Bréfritari: Sigríður Pálsdóttir
Viðtakandi: Páll Pálsson
Dagsetning: A-1865-10-18
Skrifað á: Breiðabólsstað  Rang.
Páll var bróðir Sigríðar

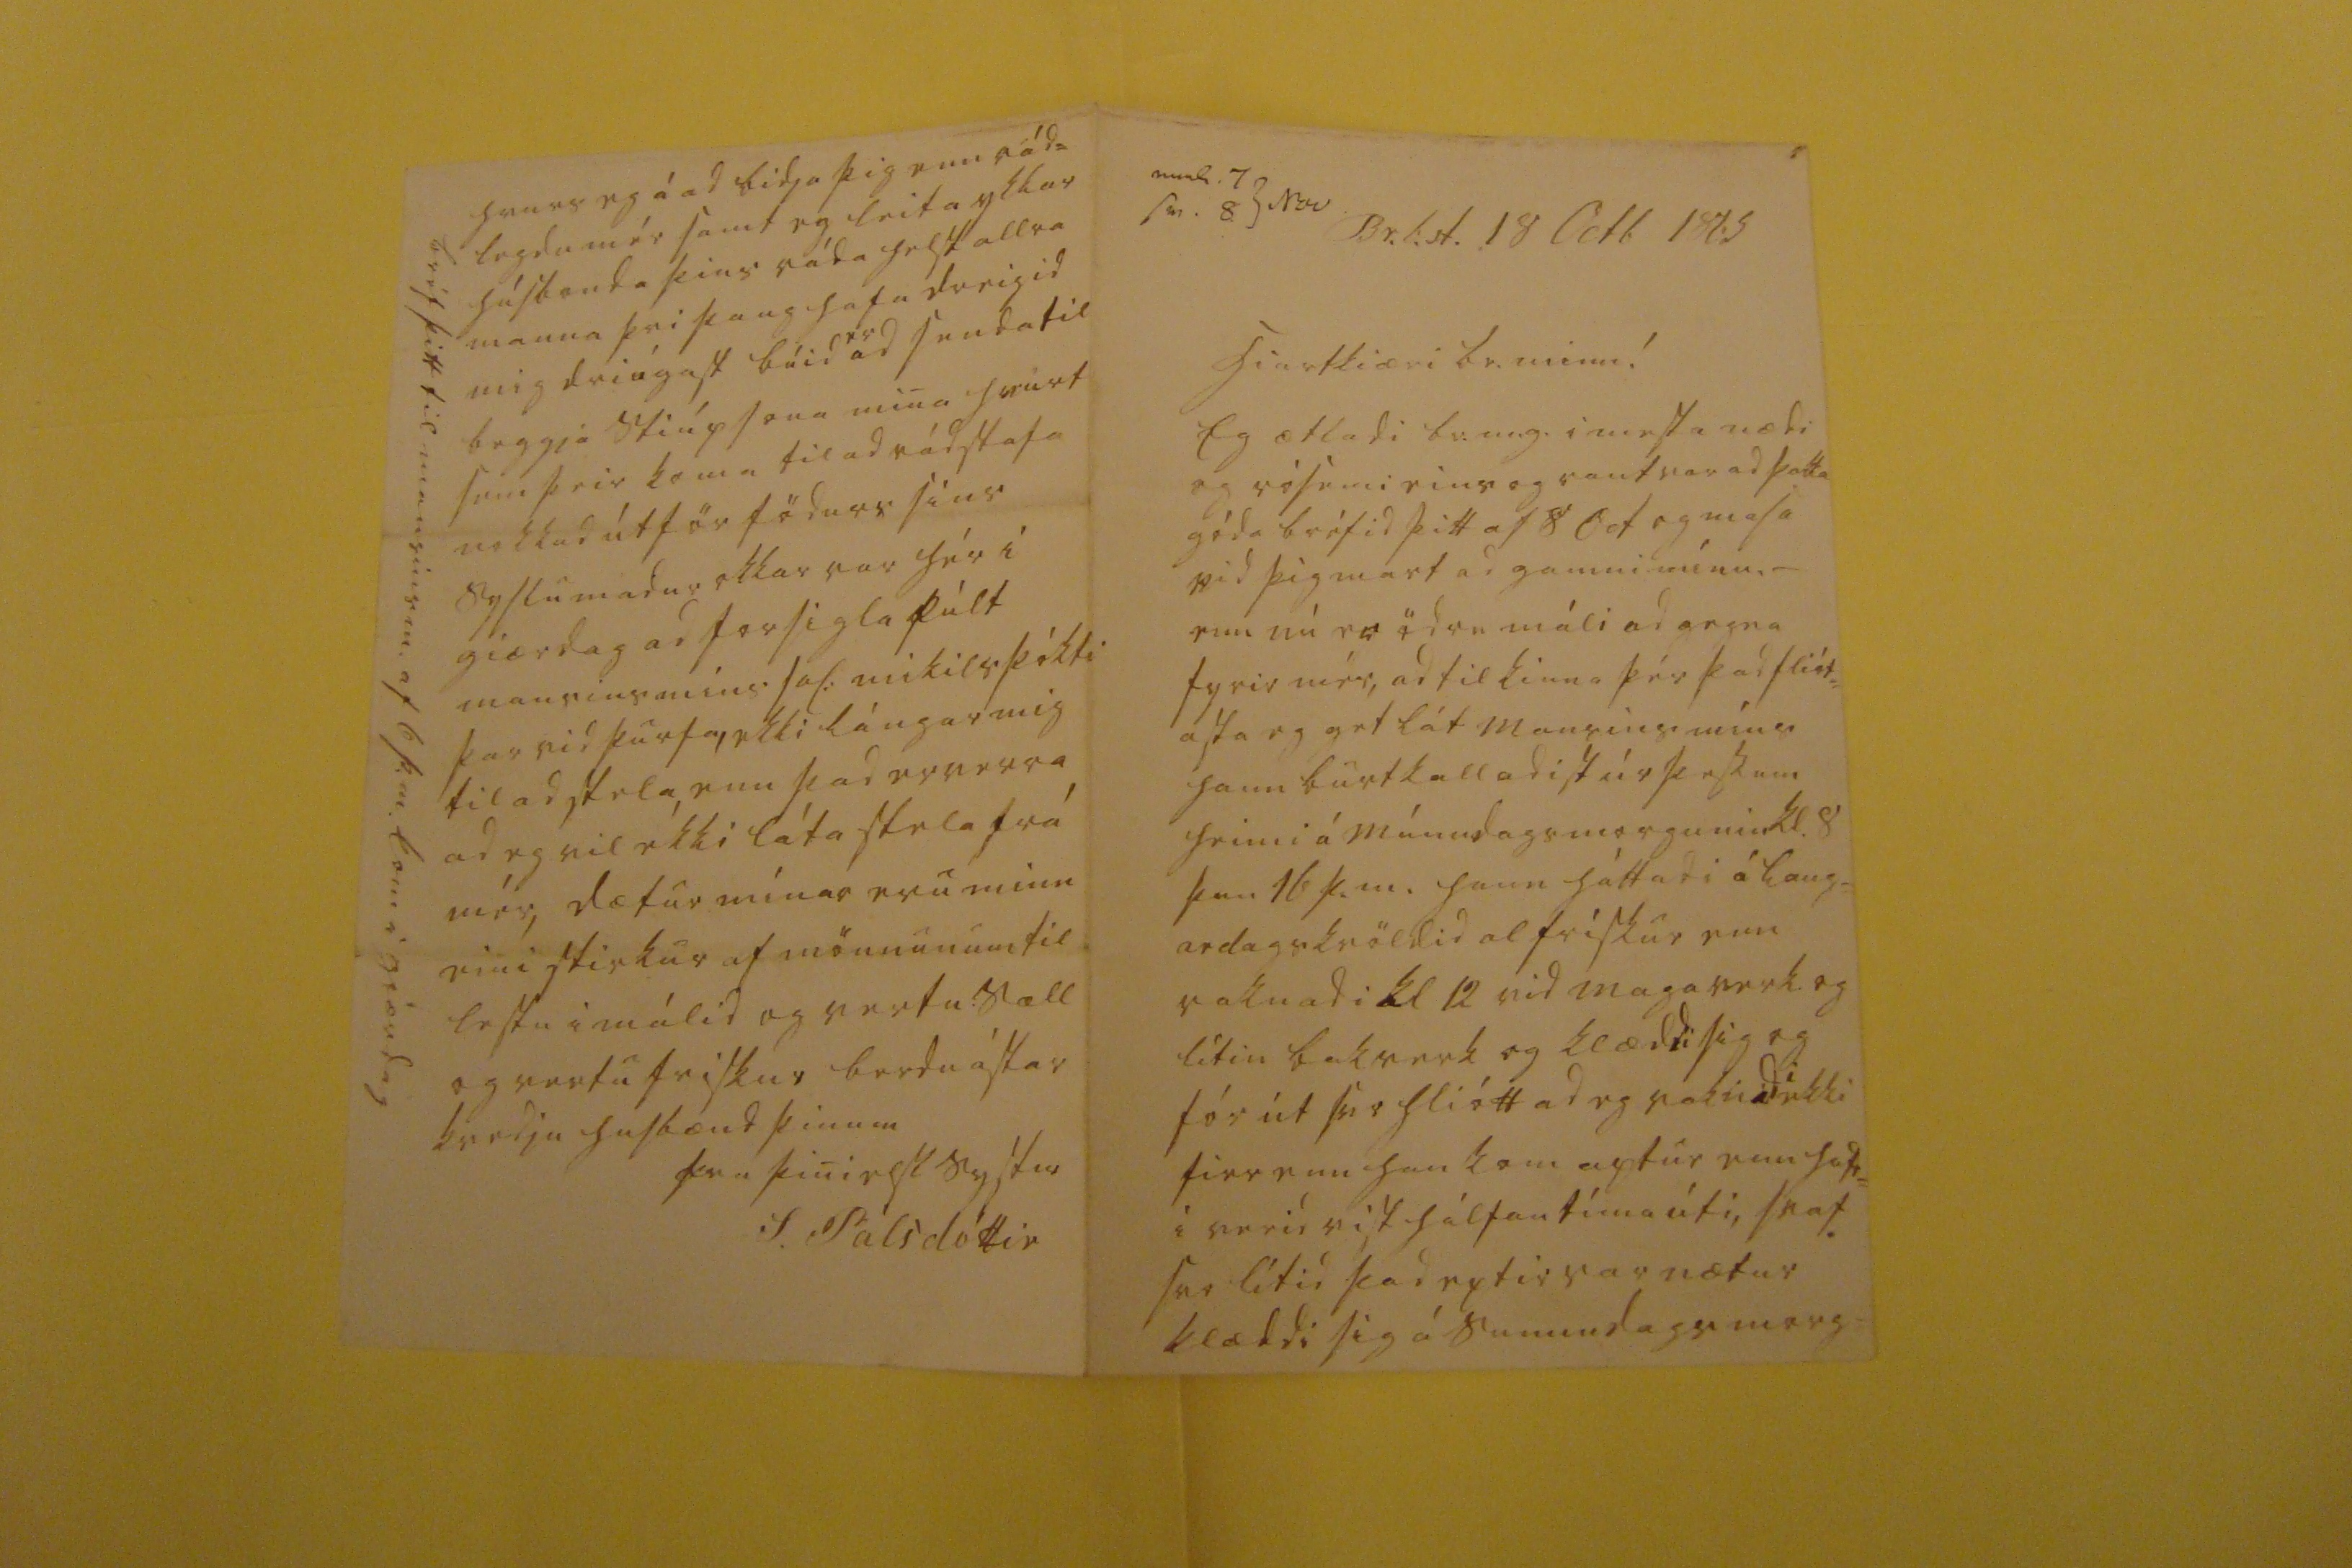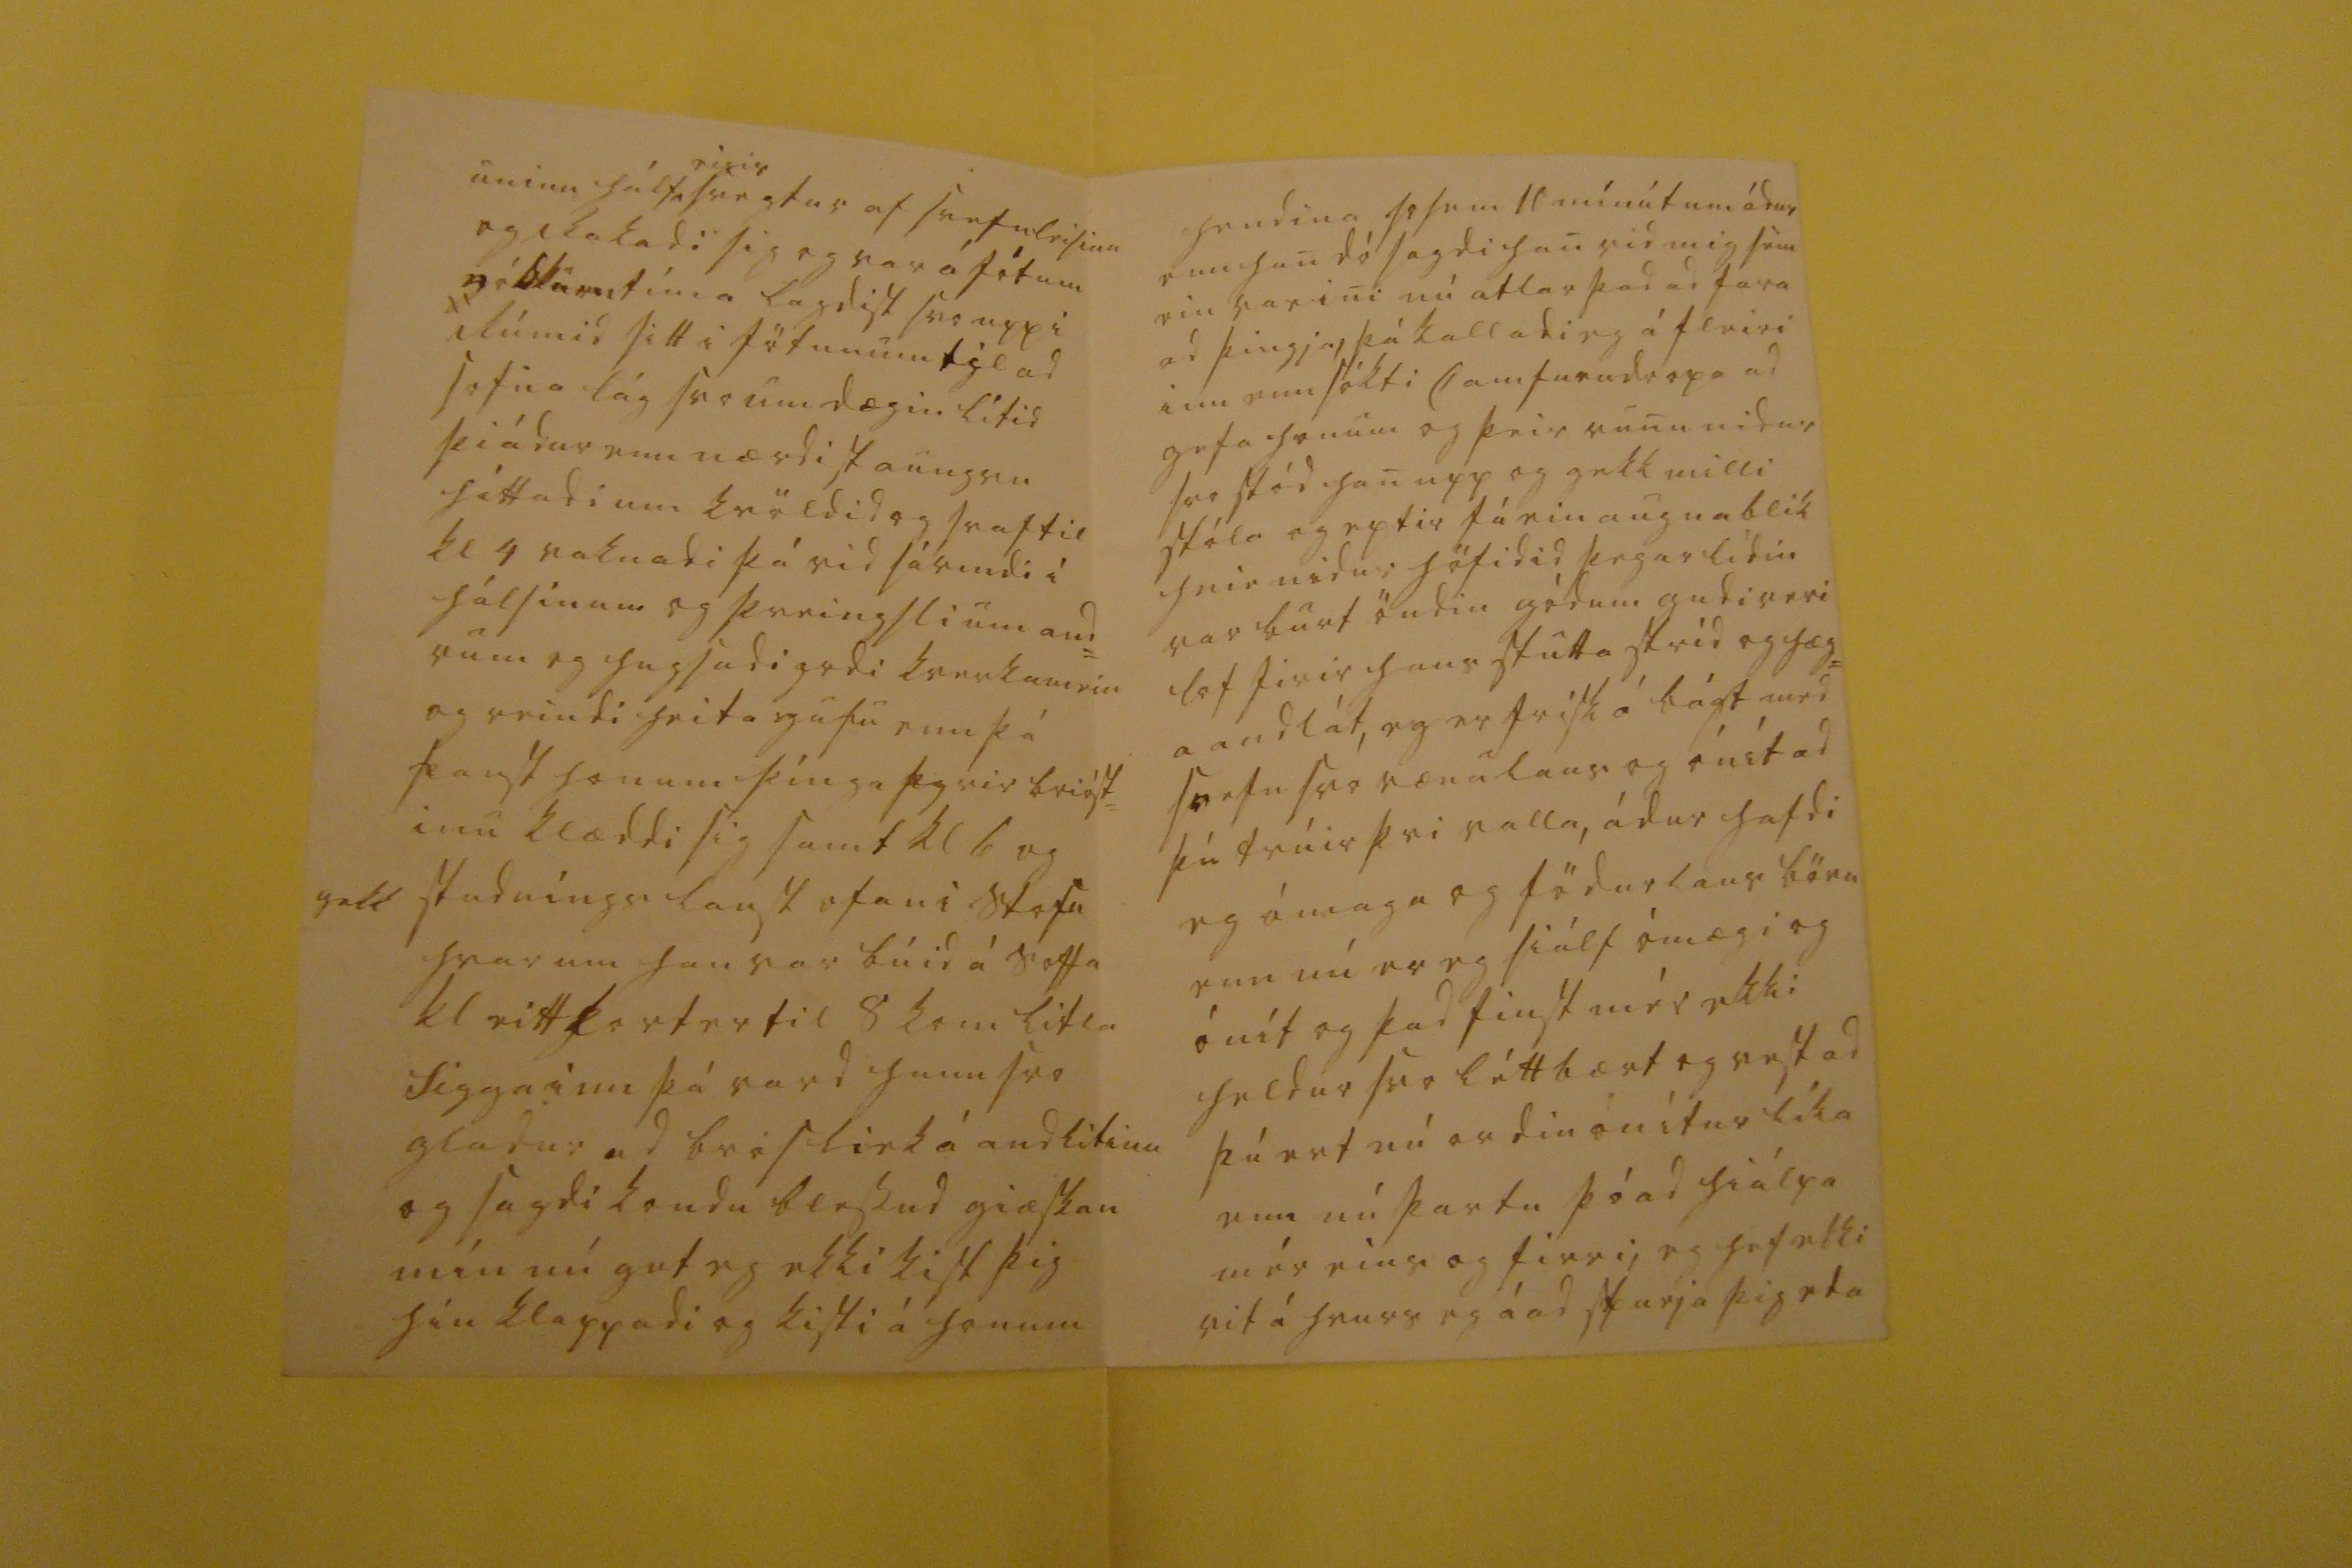

0000. 7 Nov sv. 8
Br.b.st. 18 Octb 1865
hiartkiæri br. minn!
Eg ætladi br.m.g. i mesta nædi og rósemi eins og vant var ad þakka góda bréfid þitt af 8 Oct og masa vid þig mart ad gamni mínu. _ enn nú er ödru máli ad gegna fyrir mér, ad tilkinna þér þad fliót= asta ad eg get lát Mansins míns hann burtkalladist úr þessum heimi á mánudagsmorgunin kl.8 þan 16 þ.m. hann háttadi á Laug= ardagskvöldid alfrískur enn vaknadi kl 12 vid magaverk og lítin bakverk og klæddi sig og fór út svo hliótt ad eg vaknadi ekki firr enn han kom aptur enn hafd= i verid vist hálfan tíma úti, svaf svo lítid þad eptir var nætur klæddi sig á sunnudagsmorg=
uninn hálf
eigis
svegtur af svefnleisinu og rakadi sig og var á fótum nókkurn tíma lagdist svo upp i rúmid sitt i fötunum til ad sofna lág svo um dægin lítid þiádur enn nærdist aungvu háttadi um kvöldid og svaf til kl 4 vaknadi þá vid sárindi í hálsinum og þreingsli um and= rum og hugsadi
yrdi
kverkamein og reindi heita gufu enn þá fanst honum stínga fyrir brióst= inu klæddi sig samt kl 6 og gekk studníngs laust ofani Stofu hvar um han var búid á soffa kl eitt korter til 8 kom litla Sigga inn þá vard hann svo gladur ad bros liek á andlitinu og sagdi kondur blessud giæskan mín nú get eg ekki kist þig hún klappadi og kisti á honum
hendina
sosem
11 mínútum ádur enn han dó sagdi han vid mig sem ein var ini nú atlar þad ad fara ad þingja, þá kalladi eg á fleiri inn enn sókti
Camfurudropa
ad gefa honum og þeir runu nidur svo stód han upp og gekk milli stóla og eptir fáein augnablik hnie nidur höfidid þegar lídin var burt öndin gódum gudi veri lof firir hans stutta stríd og hæg= a andlát, eg er frisk á bágt med svefn svo rænulaus og ónít ad þú trúir þvi valla, ádur hafdi eg ómaga og födurlaus börn enn nú er eg siálf ómægi og ónít og þad finst mér ekki heldur svo léttbært og vest ad þú ert nú ordin ónítur líka enn nú þartu þó ad hiálpa mér eins og firri, eg hef ekki vit á hvurs eg á ad spurja þig eda
hvurs eg á ad bidja þig enn ráda legdu mér samt eg leita ykkar húsbonda þins ráda helst allra manna þvi þaug hafa dreigid mig driúgast búid
er
ad senda til beggja stiúpsona mina hvurt sem þeir koma til ad rádstafa nokkud útför födurs síns syslumadur okkar var hér í giærdag ad forsigla púlt mansins míns sal: mikils þókti þar vid þurfa, ekki lángar mig til ad stela, enn þad er er verra ad eg vil ekki láta stela frá mér, dætur mínar eru minn eini stirkur af mönnunum til lestu i málid og vertu sæll og vertu friskur berdu ástar kvedju husbænd þinum
fra þini elsk systir
S. Pálsdóttir